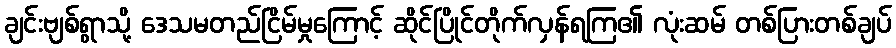
ချင်းဗျစ်ရွာသို့ ဒေသမတည်ငြိမ်မှုကြောင့် ဆိုင်ပြိုင်တိုက်လှန်ရကြ၏ လုံးဆမ် တစ်ပြားတစ်ချပ်